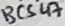
Text: BCS47